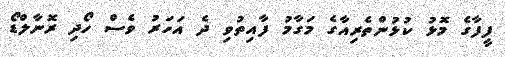
ފީފާގެ މޮޅު ކުޅުންތެރިއާގެ މަގާމު ފާއިތުވި ދެ އަހަރު ވެސް ހޯދި ރޮނާލްޑޯ